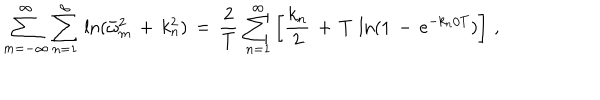
\sum _ { m = - \infty } ^ { \infty } \sum _ { n = 1 } ^ { \infty } \, \ln ( \bar { \omega } _ { m } ^ { 2 } \, + \, k _ { n } ^ { 2 } ) \, = \, \frac { 2 } { T } \, \sum _ { n = 1 } ^ { \infty } \left[ \frac { k _ { n } } { 2 } \, + \, T \, \ln ( 1 \, - \, e ^ { - k _ { n } / T } ) \right] \, { , }